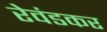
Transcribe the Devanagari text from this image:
रेवंडकर